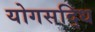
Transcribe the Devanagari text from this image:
योगसद्धि